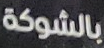
بالشوكة